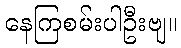
နေကြစမ်းပါဦးဗျ။